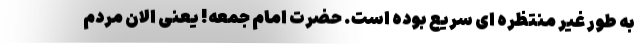
به طور غیر منتظره ای سریع بوده است. حضرت امام جمعه! یعنی الان مردم